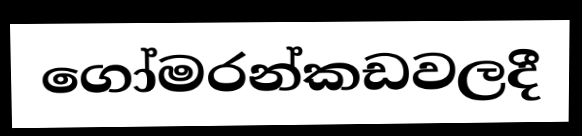
ගෝමරන්කඩවලදී